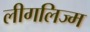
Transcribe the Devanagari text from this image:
लीगलिज्म